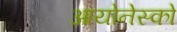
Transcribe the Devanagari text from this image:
आयोनेस्को